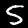
Digit: 5